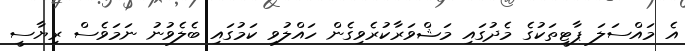
އެ މައްސަލަ ޕާޓީތަކުގެ މެދުގައި މަޝްވަރާކުރެވިގެން ހައްލުވި ކަމުގައި ބެލެވުނު ނަމަވެސް ރިޔާސީ